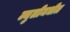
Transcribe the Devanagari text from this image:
ज्युलीमधील